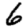
Digit: 6